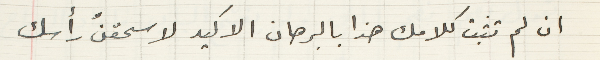
ان لم تثبت كلامك هذا بالبرهان الاكيد لا سحقنّ رأسك